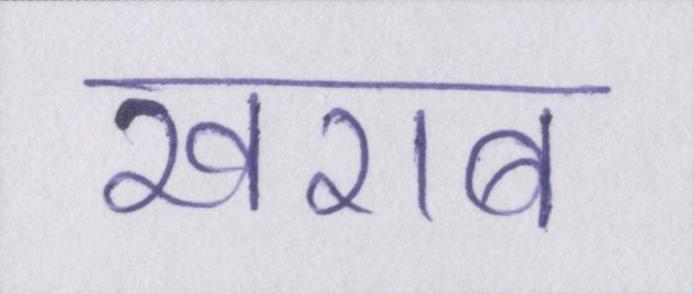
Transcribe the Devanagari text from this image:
खराब